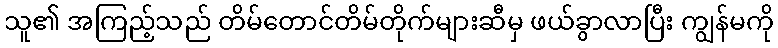
သူ၏ အကြည့်သည် တိမ်တောင်တိမ်တိုက်များဆီမှ ဖယ်ခွာလာပြီး ကျွန်မကို